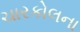
ચારકોલના